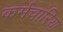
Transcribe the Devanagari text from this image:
कर्मचारिया